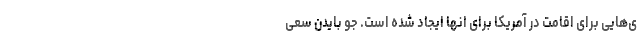
ی‌هایی برای اقامت در آمریکا برای انها ایجاد شده است. جو بایدن سعی